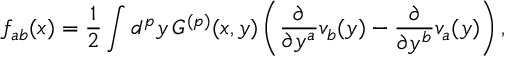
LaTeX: f _ { a b } ( x ) = \frac { 1 } { 2 } \int d ^ { p } y \, G ^ { ( p ) } ( x , y ) \left( \frac { \partial } { \partial y ^ { a } } v _ { b } ( y ) - \frac { \partial } { \partial y ^ { b } } v _ { a } ( y ) \right) ,